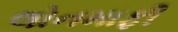
લોનમાફી